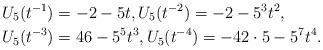
LaTeX: \begin{align*}&U_5(t^{-1})=-2-5t, U_5(t^{-2})=-2-5^3t^2, \\&U_5(t^{-3})=46-5^5t^3, U_5(t^{-4})=-42\cdot 5 -5^7t^4.\end{align*}